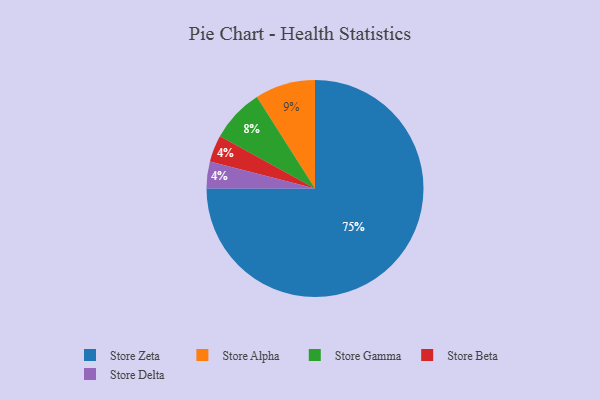
{"axis": {"x": "Category", "y": "Percentage"}, "legend": ["Store Alpha", "Store Beta", "Store Delta", "Store Gamma", "Store Zeta"], "data": [{"x": "Store Gamma", "y": 8, "type": "Store Gamma"}, {"x": "Store Beta", "y": 4, "type": "Store Beta"}, {"x": "Store Alpha", "y": 9, "type": "Store Alpha"}, {"x": "Store Zeta", "y": 75, "type": "Store Zeta"}, {"x": "Store Delta", "y": 4, "type": "Store Delta"}]}